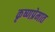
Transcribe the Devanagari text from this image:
कृष्णप्रेमात